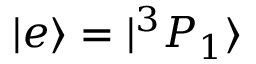
| e \rangle = | ^ { 3 } P _ { 1 } \rangle